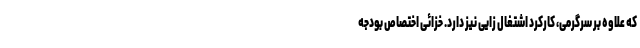
که علاوه بر سرگرمی، کارکرد اشتغال زایی نیز دارد. خزائی اختصاص بودجه